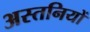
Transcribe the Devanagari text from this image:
अस्तनियों